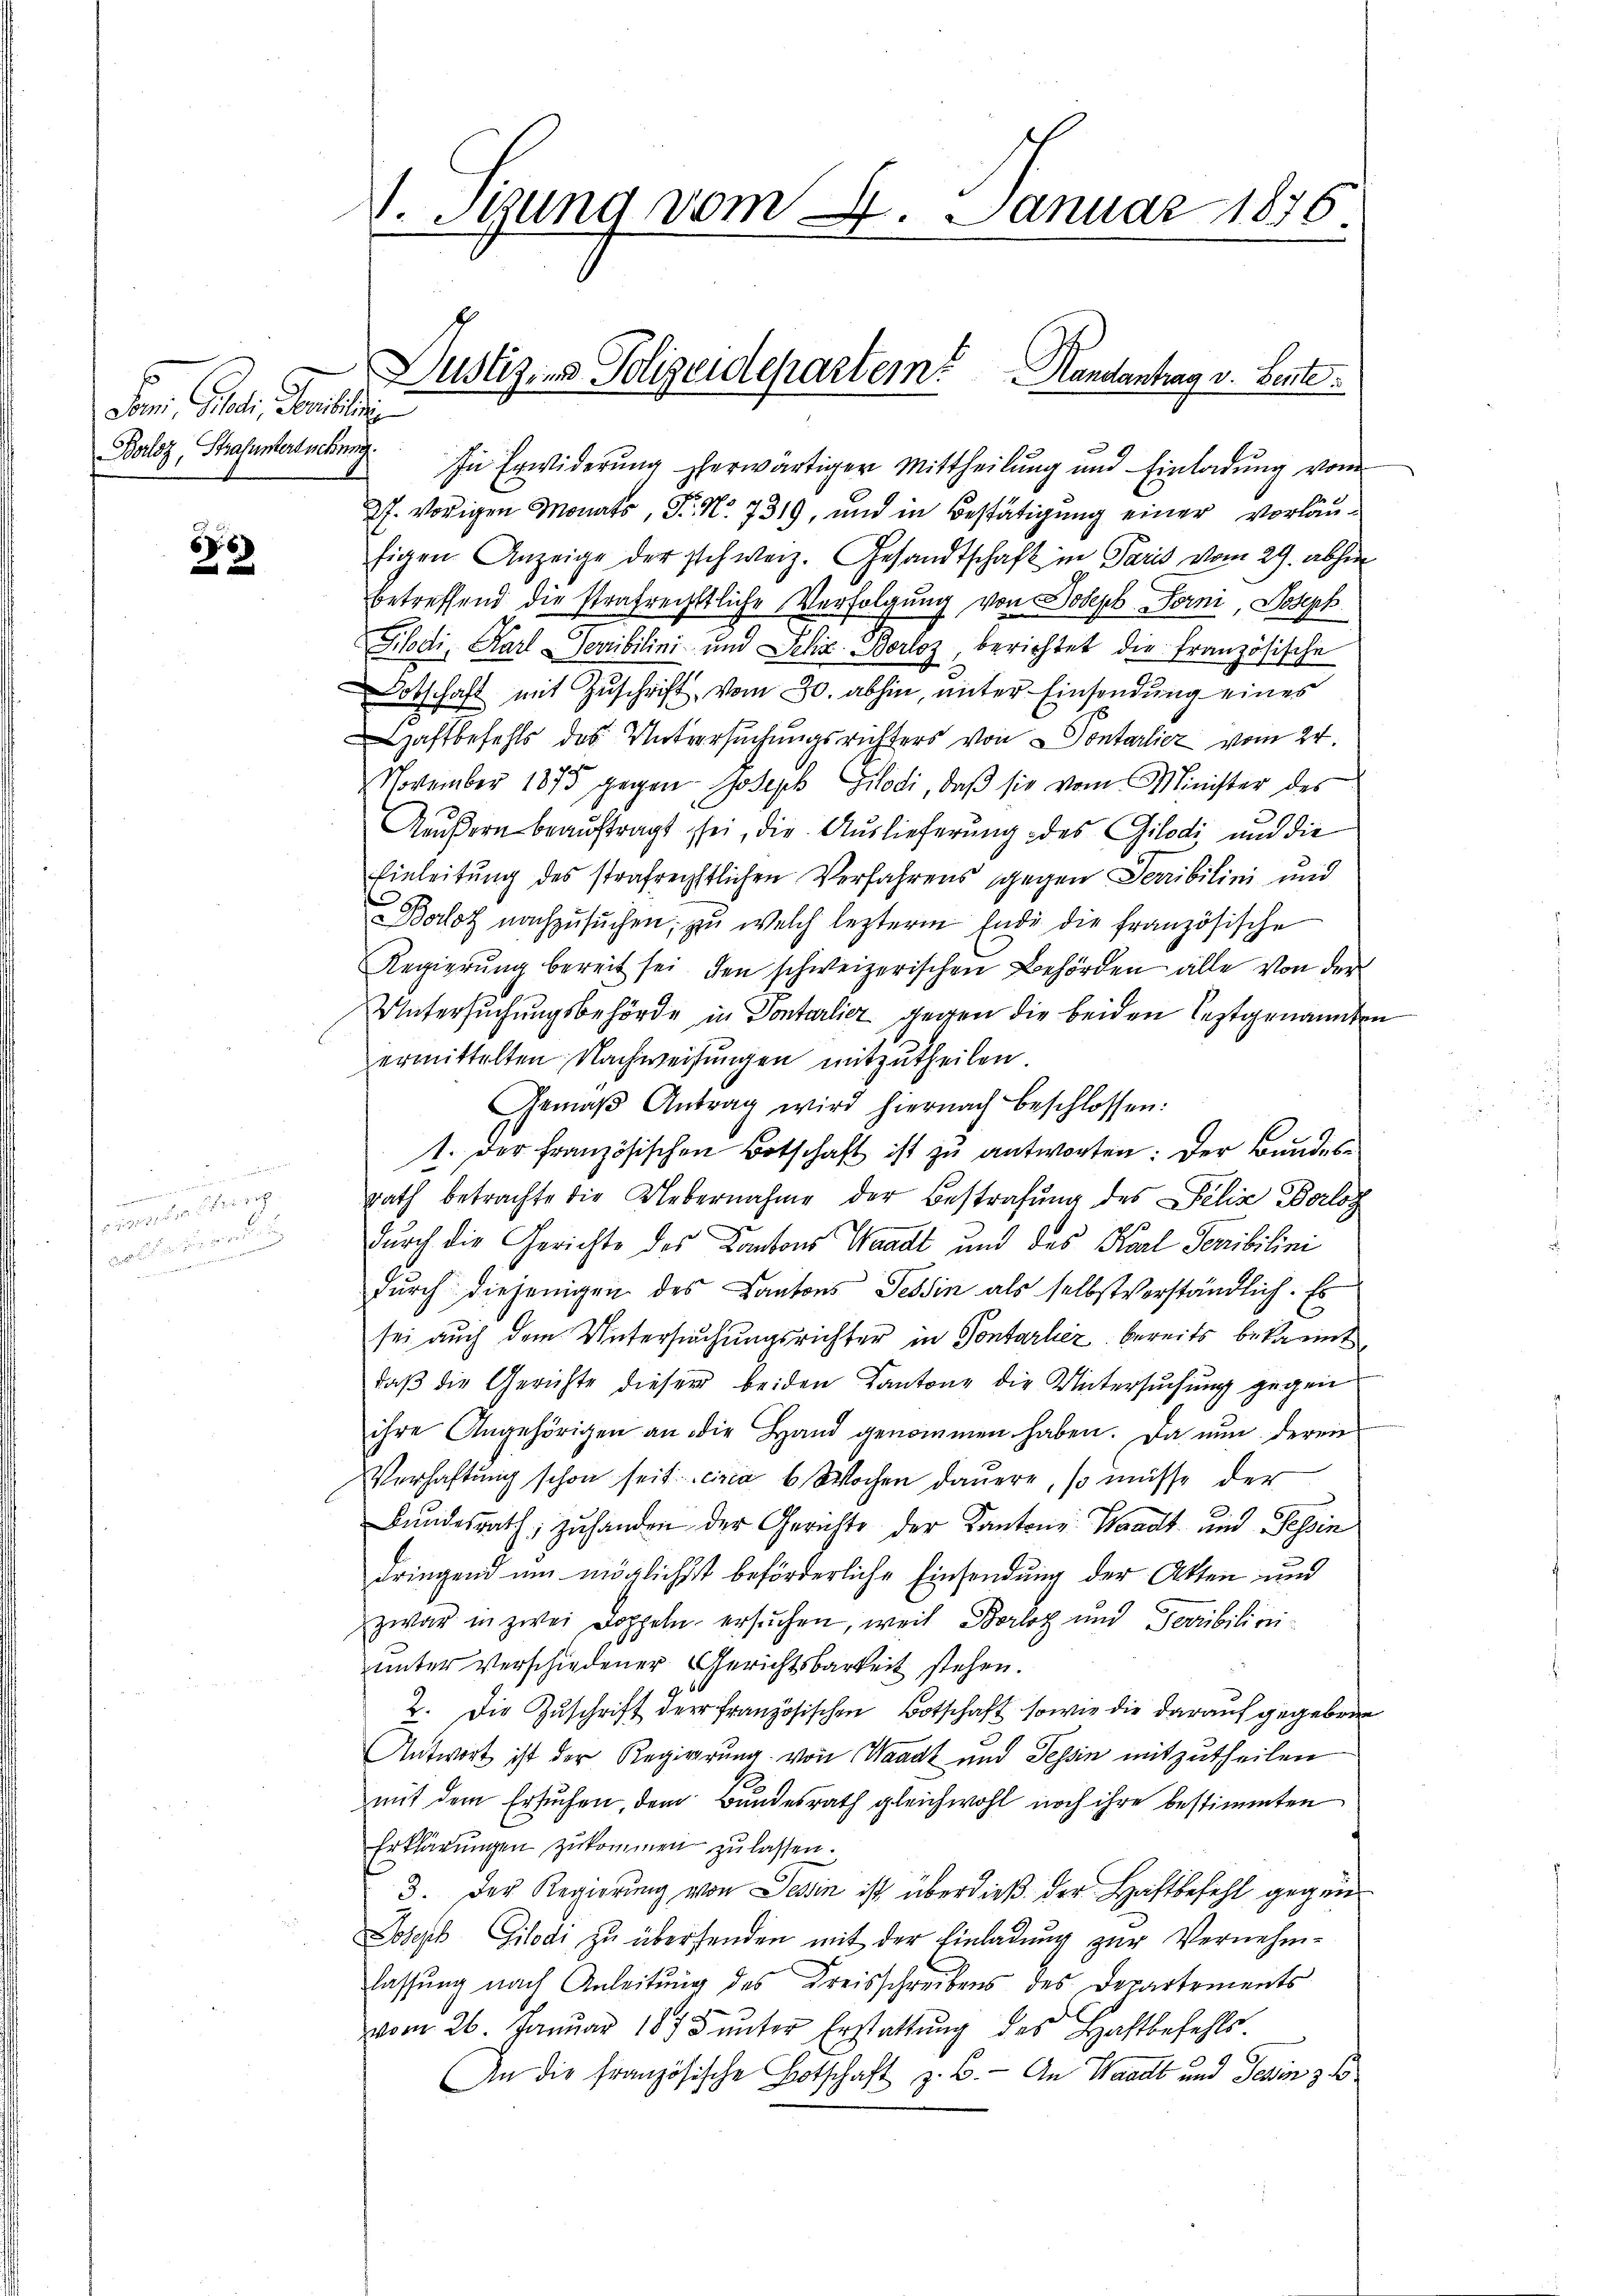
Dem Gute, demselig
Boloz, Strafuntersuchung.

5
u un

undung
erung der bereig
contirung

In Erwiderung herwärtiger Mittheilung und Einladung vom
27. vorigen Monats, Fr. No. 7319, und in Bestätigung einer vorläufigen Anzeige der schweiz. Gesandtschaft in Paris vom 29. abhin
betreffend die strafrechtliche Verfolgung von Joseph Forni, Joseph
Filodi, Karl Servibilini und Sehr Borloz, berichtet die französische
obschaft mit Zuschrift vom 30. abhin, unter Einsendung eines
Haftbefehls des Untersuchungsrichters von Pontarlicz vom 24.
November 1875 gegen Joseph Gilodi, daβ sie vom Minister des
Aeußern beauftragt sei, die Auslieferung des Gilodi und die
Einleitung des strafrechtlichen Verfahrens gegen Terribilini und
orlot nachzŭsŭchen, zu welch lezterm Ende die französische
Regierŭng bereit sei, den schweizerischen Behörden alle von der
Untersuchungsbehörde in Pontarlier gegen die beiden leztgenannten
ermittelten Nachweisungen mitzutheilen
Gemäβ Antrag wird hiernach beschlossen:
1. Der französischen Botschaft ist zu antworten: Der Bundesrath betrachte die Uebernahme der Bestrafung des Felix Borloz
ze
durch die Gerichte des Cantons Waadt und des Karl Senibilini
durch diejenigen des Cantons Tessin als selbstverständlich. Es
sei auch dem Untersuchungsrichter in Pontarlier bereits bekannt
daß die Gerichte dieser beiden Kantone die Untersuchung gegen
ihre Angehörigen an die Hand genommen haben. Da nun deren
Verhaftung schon seit circa 6 Wochen dauere, so müsse der
Bundesrath; zuhanden der Gerichte der Kantone: Waadt und Tessin
dringend um möglichst beförderliche Einsendung der Akten und
zwar in zwei Doppeln ersuchen, weil Borloz und Dovibilieniunter verschiedener Gerichtsbarkeit stehen.
2. Die Zuschrift der französischen Botschaft sowie die darauf gegebene
Antwort ist der Regierung von Waadt und Tessin mitzutheilen
mit dem Ersuchen, dem Bundesrath gleichwohl noch ihre bestimmten
Erklärungen zukommen zu lassen.
3. Der Regierung von Desin ist überdieß der Haftbefehl gegen
Joseph Gilodi zu übersenden mit der Einladung zur Vernehm-
lassung nach Anleitung des Kreisschreibens des Departements
vom 26. Januar 1875 unter Erstattung des Haftbefehls¬
An die Französische Botschaft z. B. - An Waadt und Tehin z. B

V. Stung vom 4. Januar 1876.

Justiz, und Polizeidepartem Handantrag v. Bente.